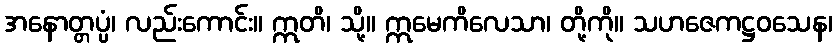
အနောတ္တပ္ပံ၊ လည်းကောင်း။ ဣတိ၊ သို့။ ဣမေကိလေသာ၊ တို့ကို။ သဟဇေကဋ္ဌဝသေန၊